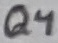
Text: Q4